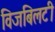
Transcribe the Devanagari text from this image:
विजबिलटी